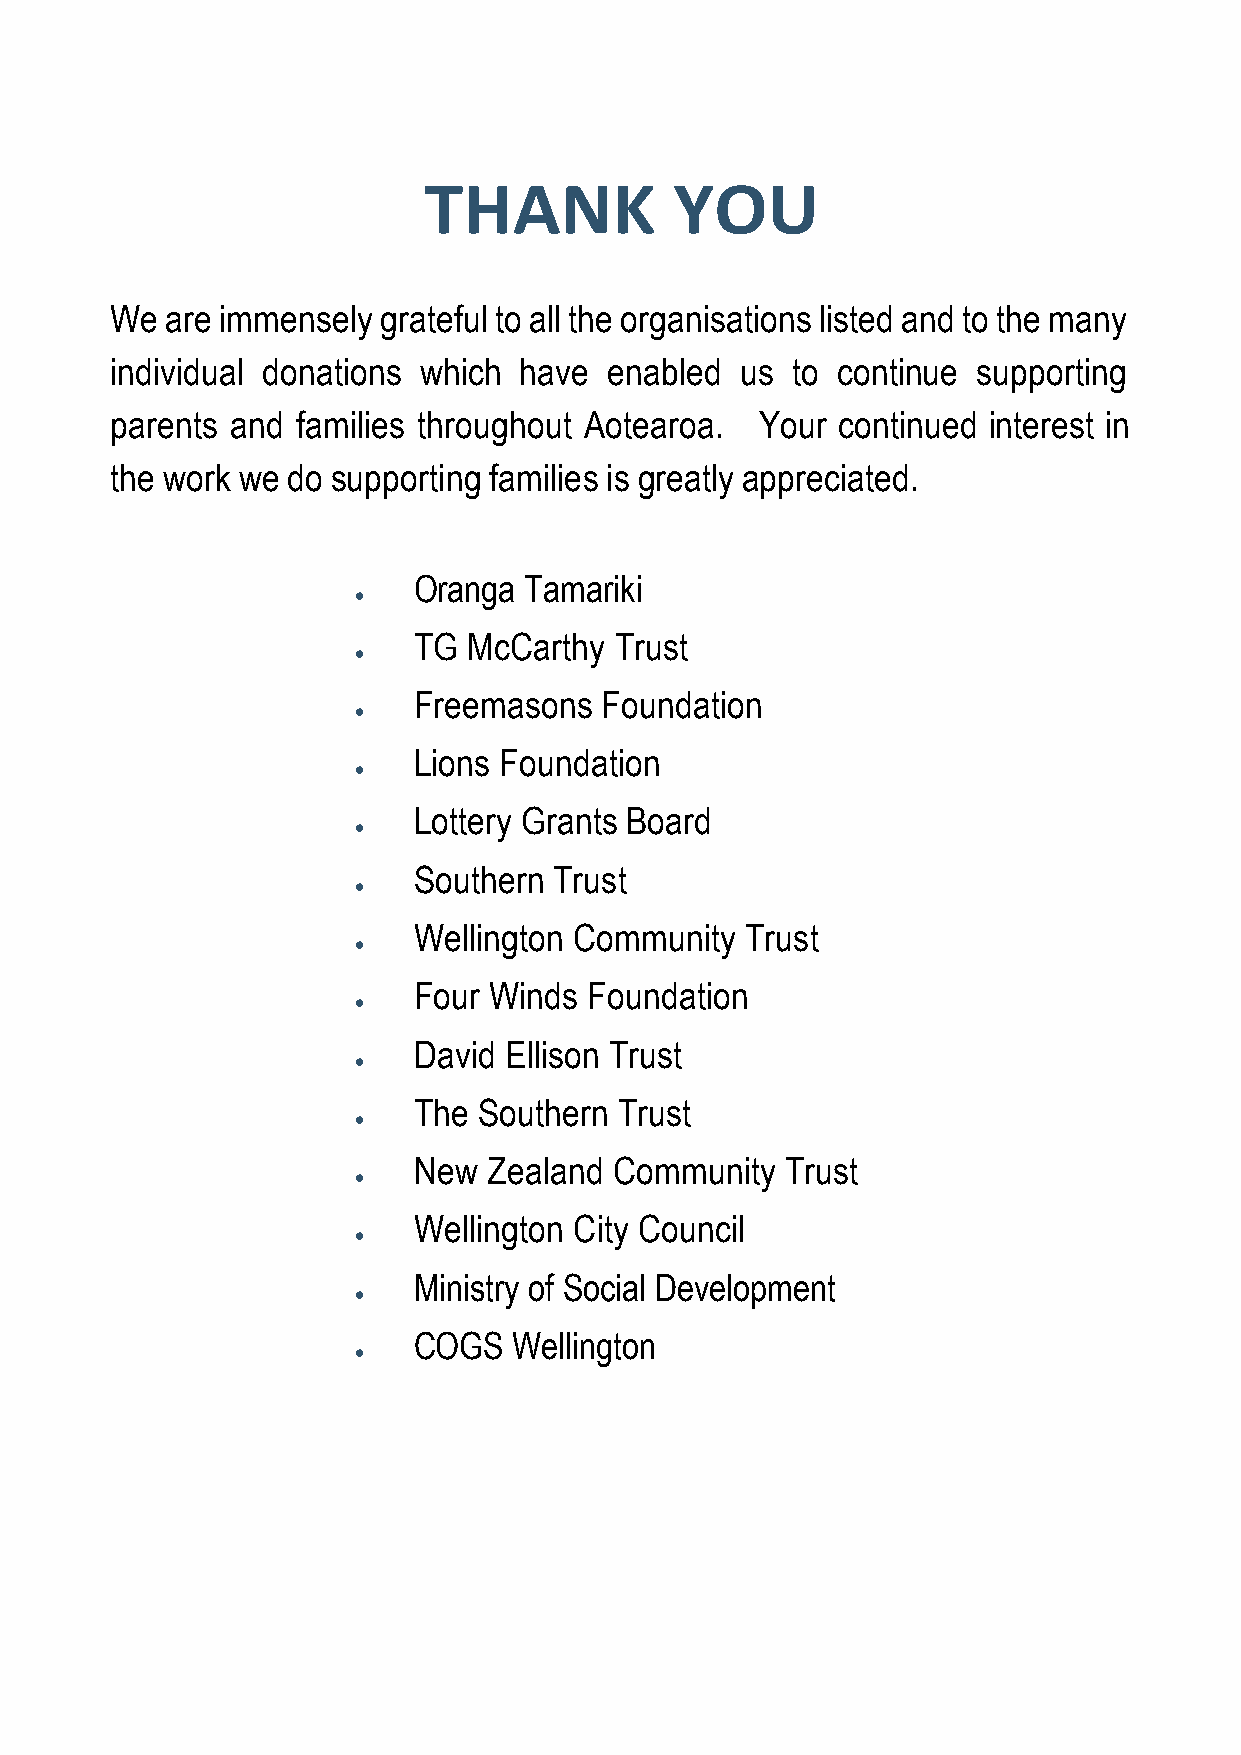
THANK            YOU
 We  are immensely grateful to all the organisations listed and to the many
 individual donations which have  enabled  us to continue  supporting
 parents and  families throughout Aotearoa. Your continued interest in
 the work we do supporting families is greatly appreciated.
 Oranga  Tamariki
 •
 TG  McCarthy  Trust
 •
 Freemasons   Foundation
 •
 Lions Foundation
 •
 Lottery Grants Board
 •
 Southern  Trust
 •
 Wellington Community  Trust
 •
 Four Winds  Foundation
 •
 David Ellison Trust
 •
 The  Southern Trust
 •
 New  Zealand  Community  Trust
 •
 Wellington City Council
 •
 Ministry of Social Development
 •
 COGS   Wellington
 •